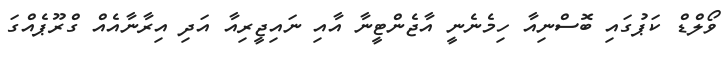
ވޯލްޑް ކަޕުގައި ބޮސްނިއާ ހިމެނެނީ އާޖެންޓީނާ އާއި ނައިޖީރިއާ އަދި އިރާނާއެއް ގްރޫޕެއްގަ